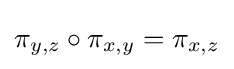
\pi _{y,z}\circ \pi _{x,y}=\pi _{x,z}